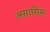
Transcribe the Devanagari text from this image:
असासिंस